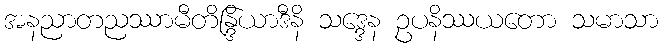
အနညာတညဿာမီတိန္ဒြိယာဒီနိ သဒ္ဒေန ဥပနိဿယတော သမာသာ